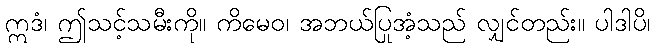
ဣဒံ၊ ဤသင့်သမီးကို။ ကိမေဝ၊ အဘယ်ပြုအံ့သည် လျှင်တည်း။ ပါဒါပိ၊